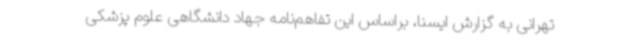
تهرانی به گزارش ایسنا، براساس این تفاهم‌نامه جهاد دانشگاهی علوم پزشکی